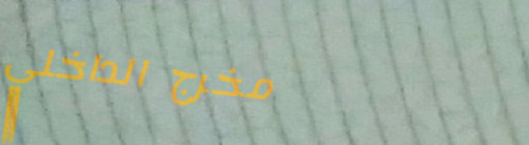
مخرج الداخلي